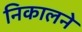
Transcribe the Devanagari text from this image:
निकालने